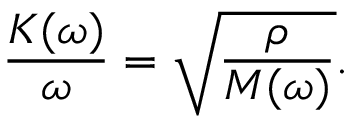
\frac { K ( \omega ) } { \omega } = \sqrt { \frac { \rho } { M ( \omega ) } } .